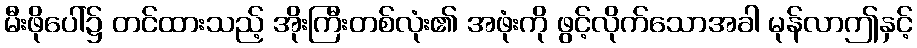
မီးဖိုပေါ်၌ တင်ထားသည့် အိုးကြီးတစ်လုံး၏ အဖုံးကို ဖွင့်လိုက်သောအခါ မုန်လာဤနှင့်